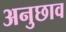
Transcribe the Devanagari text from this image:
अनुछाव